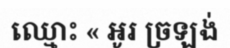
ឈ្មោះ « អូរ ច្រឡង់